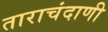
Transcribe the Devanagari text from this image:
ताराचंदाणी